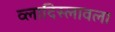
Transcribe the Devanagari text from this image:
व्लादिस्लावला